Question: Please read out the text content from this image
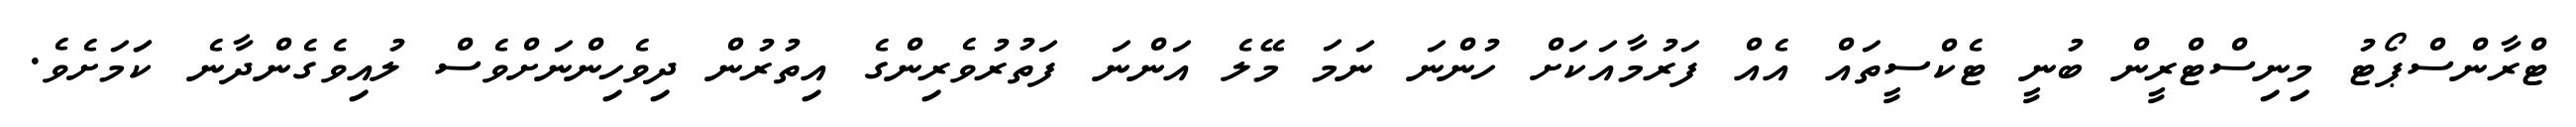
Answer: ޓްރާންސްޕޯޓު މިނިސްޓްރީން ބުނީ ޓެކްސީތައް އެއް ފަރުމާއަކަށް ހުންނަ ނަމަ މޭލެ އަންނަ ފަތުރުވެރިންގެ އިތުރުން ދިވެހިންނަށްވެސް ލުއިވެގެންދާނެ ކަަމަށެވެ.